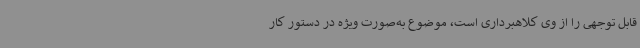
قابل توجهی را از وی کلاهبرداری است، موضوع به‌صورت ویژه در دستور کار